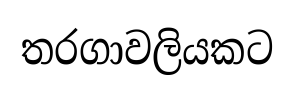
තරගාවලියකට